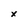
Character: x